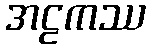
အဠကဿ